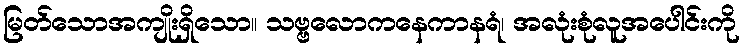
မြတ်သောအကျိုးရှိသော။ သဗ္ဗလောကနေကာနရံ၊ အလုံးစုံလူအပေါင်းကို